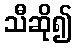
သီဆို၍